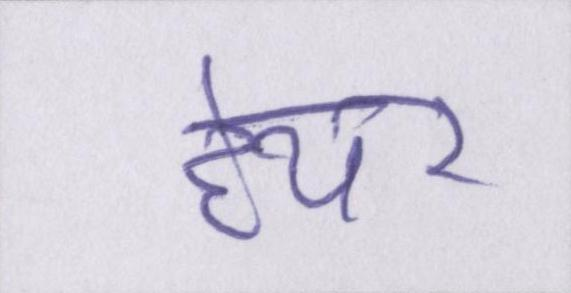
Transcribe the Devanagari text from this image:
हेयर